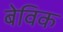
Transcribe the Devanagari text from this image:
बेविक